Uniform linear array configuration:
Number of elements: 16
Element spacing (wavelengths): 0.75
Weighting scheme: hamming
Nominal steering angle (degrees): -45
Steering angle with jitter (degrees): -46.161
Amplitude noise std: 0.05
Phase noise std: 0.05

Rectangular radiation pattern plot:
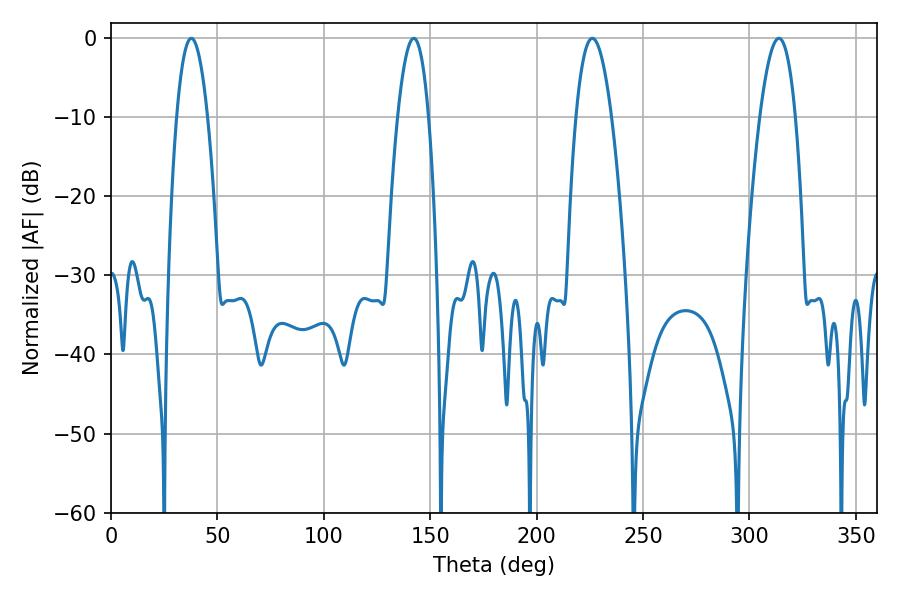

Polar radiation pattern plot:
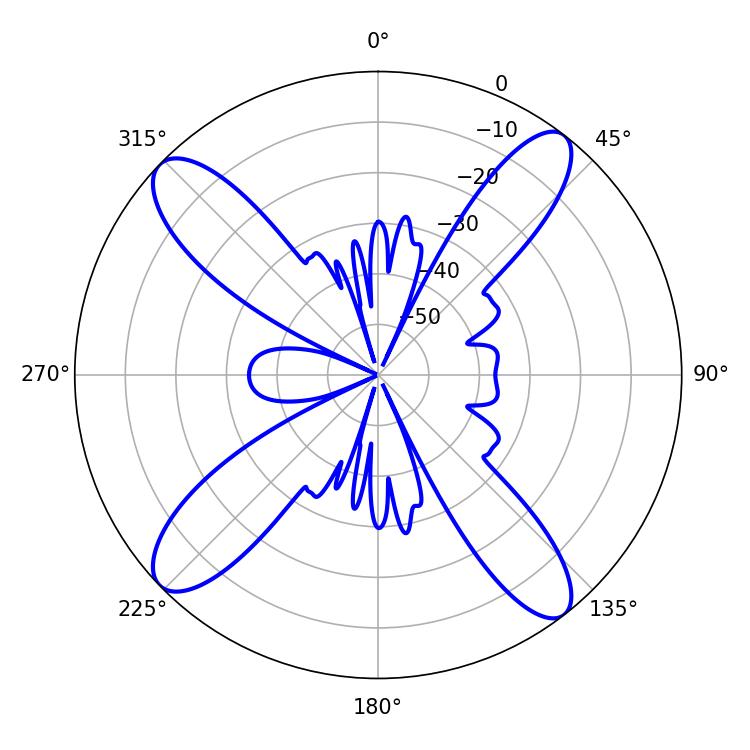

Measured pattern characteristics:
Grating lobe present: TRUE
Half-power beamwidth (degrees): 8.1
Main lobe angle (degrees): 37.8